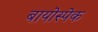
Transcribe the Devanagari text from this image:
बायोस्पेक